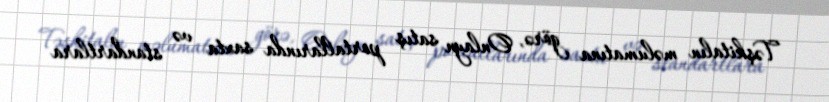
Təşkitalın məlumatına görə, Onlayn satış portallarında saxta və standartlara